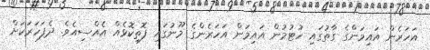
އަހަރެން އައިމަންގެ ގާތުގައި ހުޓުމުން އައިމަން އަހަރެންގެ މޫނުގައި ފޮތިކޮޅެއް އެއްސިއެވެ. ދެފަހަރަކަށް